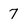
Character: 7